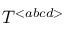
{ \cal T } ^ { < a b c d > }